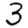
Digit: 3